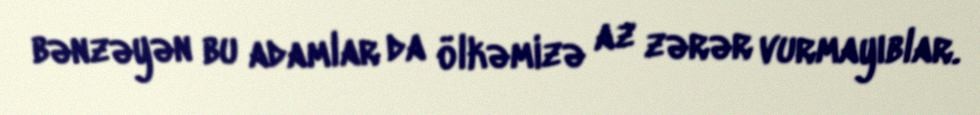
bənzəyən bu adamlar da ölkəmizə az zərər vurmayıblar.